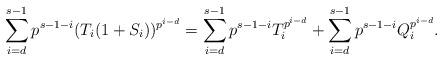
LaTeX: \begin{align*}\sum_{i=d}^{s-1}p^{s-1-i}(T_{i}(1+S_{i}))^{p^{i-d}}=\sum_{i=d}^{s-1}p^{s-1-i}T_{i}^{p^{i-d}}+\sum_{i=d}^{s-1}p^{s-1-i}Q_{i}^{p^{i-d}}. \end{align*}